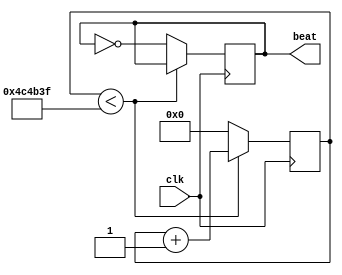

//--------------------------------------------------------------------------------------------------------
// Module  : clock_beat
// Type    : synthesizable, FPGA's top, IP's example design
// Standard: Verilog 2001 (IEEE1364-2001)
// Function: When clk runs, beat signal will blink
//--------------------------------------------------------------------------------------------------------

module clock_beat # (
    parameter  CLK_FREQ = 50000000,    // Unit:Hz
    parameter BEAT_FREQ = 5            // Unit:Hz
) (
    input  wire clk,
    output reg  beat
);

localparam CYCLES = (CLK_FREQ / 2 / BEAT_FREQ);

reg [31:0] count = 0;

initial    beat = 1'b0;

always @ (posedge clk)
    if ( count < (CYCLES-1) ) begin
        count <= count + 1;
    end else begin
        count <= 0;
        beat  <= ~beat;
    end

endmodule